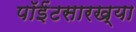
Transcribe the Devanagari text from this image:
पॉईंटसारख्या